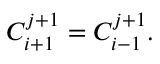
C _ { i + 1 } ^ { j + 1 } = C _ { i - 1 } ^ { j + 1 } .